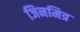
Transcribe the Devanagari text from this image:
जिनमित्र